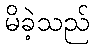
မိခဲ့သည်